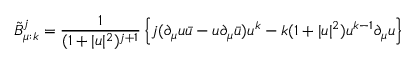
\tilde { B } _ { \mu : k } ^ { j } = \frac { 1 } { ( 1 + | u | ^ { 2 } ) ^ { j + 1 } } \left\{ j ( \partial _ { \mu } u \bar { u } - u \partial _ { \mu } \bar { u } ) u ^ { k } - k ( 1 + | u | ^ { 2 } ) u ^ { k - 1 } \partial _ { \mu } u \right\}